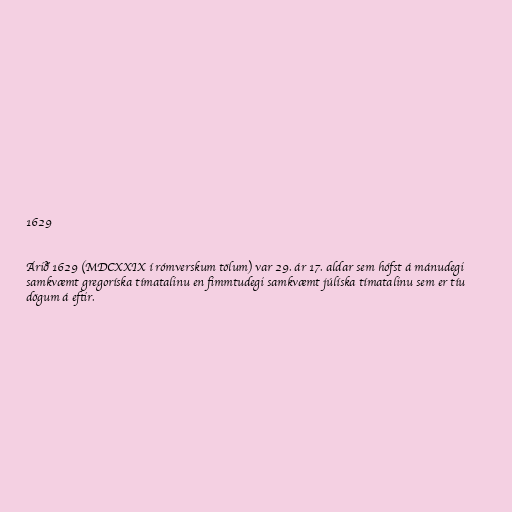
1629

Árið 1629 (MDCXXIX í rómverskum tölum) var 29. ár 17. aldar sem hófst á mánudegi
samkvæmt gregoríska tímatalinu en fimmtudegi samkvæmt júlíska tímatalinu sem er tíu
dögum á eftir.